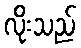
လိုးသည်